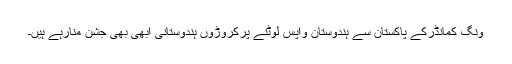
ونگ کمانڈرکے پاکستان سے ہندوستان واپس لوٹنے پرکروڑوں ہندوستانی ابھی بھی جشن منارہے ہیں۔